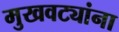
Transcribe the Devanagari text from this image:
मुखवट्यांना